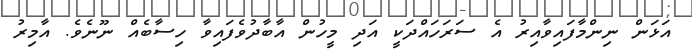
އަޅަން ނިންމާފައިވާއިރު އެ ސަރަހައްދަކީ އަދި މީހުން އާބާދުވެފައިވާ ހިސާބެއް ނޫނެވެ. އާމިރު